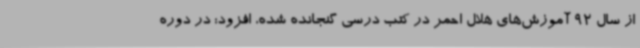
از سال 92 آموزش‌های هلال احمر در کتب درسی گنجانده شده، افزود: در دوره